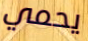
يحمي